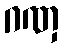
ဂဏှ